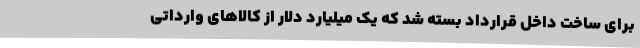
برای ساخت داخل قرارداد بسته شد که یک میلیارد دلار از کالاهای وارداتی